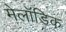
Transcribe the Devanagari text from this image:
मेलॉडिक